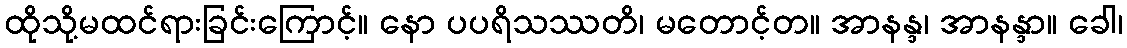
ထိုသို့မထင်ရားခြင်းကြောင့်။ နော ပပရိသဿတိ၊ မတောင့်တ။ အာနန္ဒ၊ အာနန္ဒာ။ ခေါ၊